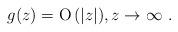
LaTeX: \begin{align*}g(z)={\rm O}\,(|z|),z\to\infty\ .\end{align*}